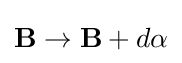
\mathbf {B} \rightarrow \mathbf {B} +d\mathbf {\alpha }